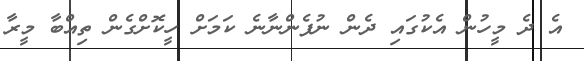
އެ ދެ މީހުން އެކުގައި ދެން ނުފެންނާނެ ކަމަށް ހީކޮށްގެން ތިއްބާ މީރާ